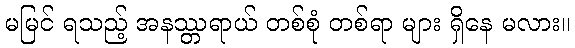
မမြင် ရသည့် အနဿ္တရာယ် တစ်စုံ တစ်ရာ များ ရှိနေ မလား။